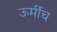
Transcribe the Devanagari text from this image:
ऊर्मीच